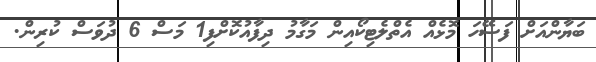
ބަޔާންއަށް ފަސޭހަ މޮޅެއް އެތްލެޓިކޯއިން މަގާމު ދިފާއުކޮށްފި1 މަސް 6 ދުވަސް ކުރިން.